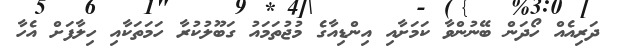
ދަރިއެއް ހޯދަން ބޭނުންވާ ކަމަށާއި އިންޑިއާގެ މުޖުތަމައު ގަބޫލުކުރާ ހަމަތަކާއި ހިލާފަށް އެހާ